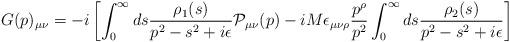
LaTeX: \begin{align*}G(p)_{\mu \nu}=-i \left[ \int_0^{\infty} ds \frac{\rho_1(s)}{p^2-s^2+i \epsilon} {\cal P}_{\mu \nu} (p)-iM\epsilon_{\mu \nu \rho} \frac{p^{\rho}}{p^2} \int_0^{\infty}ds \frac{\rho_2(s)}{p^2-s^2+i\epsilon} \right]\end{align*}